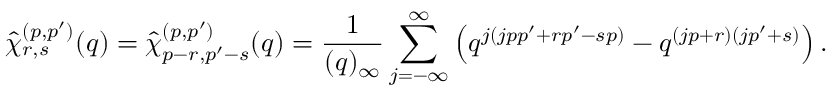
\hat { \chi } _ { r , s } ^ { ( p , p ^ { \prime } ) } ( q ) = \hat { \chi } _ { p - r , p ^ { \prime } - s } ^ { ( p , p ^ { \prime } ) } ( q ) = \frac { 1 } { ( q ) _ { \infty } } \sum _ { j = - \infty } ^ { \infty } \left( q ^ { j ( j p p ^ { \prime } + r p ^ { \prime } - s p ) } - q ^ { ( j p + r ) ( j p ^ { \prime } + s ) } \right) .